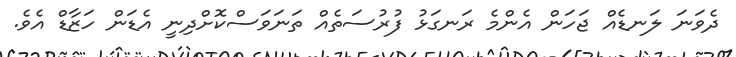
ދެވަނަ ލަނޑެއް ޖަހަން އެންމެ ރަނގަޅު ފުރުސަތެއް ތަނަވަސްކޮށްދިނީ އެޑަން ހަޒާޑް އެވެ.